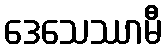
ဒေသေဿာမီ